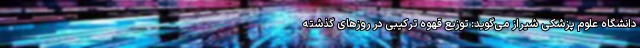
دانشگاه علوم پزشکی شیراز می‌گوید: توزیع قهوه ترکیبی در روزهای گذشته